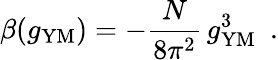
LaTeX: \beta(g_{\mathrm{YM}})=-\frac{N}{8\pi^{2}}\, g_{\mathrm{YM}}^{3}~~.